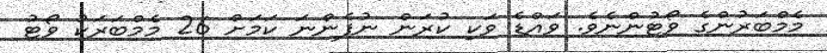
މެމްބަރުންގެ ވޯޓުންނެވެ. ވައްޑެ ވަކި ކުރަން ނުފެންނަ ކަމަށް 26 މެމްބަރަކު ވޯޓު